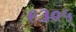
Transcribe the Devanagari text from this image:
९३०५